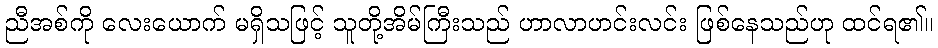
ညီအစ်ကို လေးယောက် မရှိသဖြင့် သူတို့အိမ်ကြီးသည် ဟာလာဟင်းလင်း ဖြစ်နေသည်ဟု ထင်ရ၏။